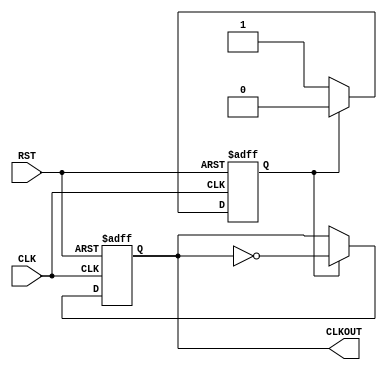
//  ===================================================================================
//  								  Define Module, Inputs and Outputs
//													* 50MHz Clock *
//  ===================================================================================
module ClkDiv_50MHz(
		CLK,
		RST,
		CLKOUT
);

// ====================================================================================
// 										Port Declarations
// ====================================================================================
   input			 CLK;		// 100MHz onboard clock
   input			 RST;		// Reset
   output		 CLKOUT;	// New clock output

// ====================================================================================
// 								Parameters, Register, and Wires
// ====================================================================================
   reg 			 CLKOUT;
	reg 			 flag;

//  ===================================================================================
// 							  				Implementation
//  ===================================================================================

		always @(posedge CLK or posedge RST)
			// Reset clock
			if (RST == 1'b1) 
			begin
				CLKOUT <= 0;
				flag <= 0;
			end
			else 
			begin
				if (flag == 1)
				begin
					CLKOUT <= ~CLKOUT;
					flag <= 0;
				end
				else 
				begin
					flag <= 1;
				end
			end
   
endmodule